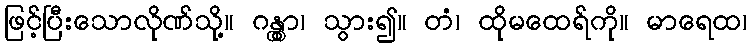
ဖြင့်ပြီးသောလိုဏ်သို့။ ဂန္တွာ၊ သွား၍။ တံ၊ ထိုမထေရ်ကို။ မာရေထ၊